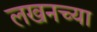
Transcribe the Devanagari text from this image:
लखनच्या